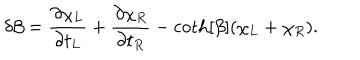
\delta \beta = \frac { \partial \chi _ { L } } { \partial t _ { L } } + \frac { \partial \chi _ { R } } { \partial t _ { R } } - \coth [ \beta ] ( \chi _ { L } + \chi _ { R } ) .